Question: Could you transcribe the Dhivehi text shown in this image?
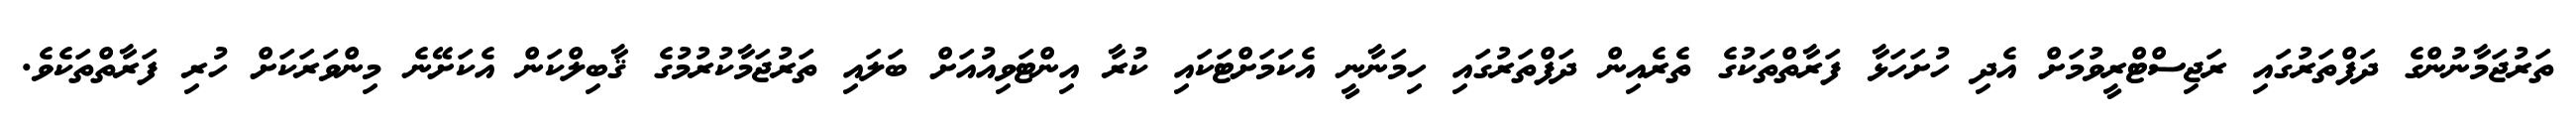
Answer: ތަރުޖަމާނުންގެ ދަފްތަރުގައި ރަޖިސްޓްރީވުމަށް އެދި ހުށަހަޅާ ފަރާތްތަކުގެ ތެރެއިން ދަފްތަރުގައި ހިމަނާނީ އެކަމަށްޓަކައި ކުރާ އިންޓަވިއުއަށް ބަލައި ތަރުޖަމާކުރުމުގެ ޤާބިލްކަން އެކަށޭނެ މިންވަރަކަށް ހުރި ފަރާތްތަކެވެ.